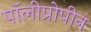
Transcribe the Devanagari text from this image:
पॉलीप्रोपीन